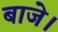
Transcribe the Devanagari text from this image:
बाजे।